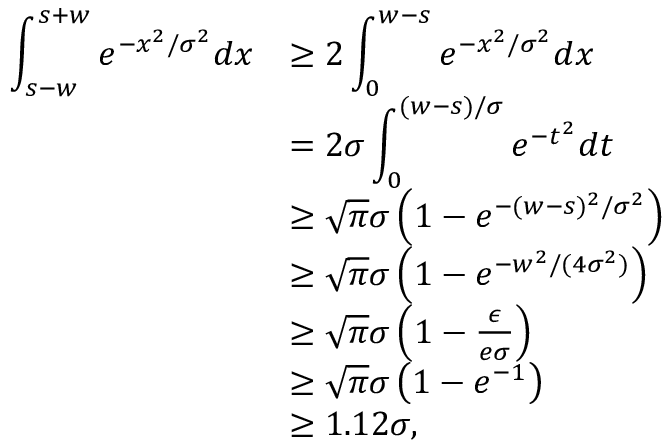
\begin{array} { r l } { \displaystyle \int _ { s - w } ^ { s + w } e ^ { - x ^ { 2 } / \sigma ^ { 2 } } d x } & { \ge 2 \displaystyle \int _ { 0 } ^ { w - s } e ^ { - x ^ { 2 } / \sigma ^ { 2 } } d x } \\ & { = 2 \sigma \displaystyle \int _ { 0 } ^ { ( w - s ) / \sigma } e ^ { - t ^ { 2 } } d t } \\ & { \ge \sqrt { \pi } \sigma \left( 1 - e ^ { - ( w - s ) ^ { 2 } / \sigma ^ { 2 } } \right) } \\ & { \ge \sqrt { \pi } \sigma \left( 1 - e ^ { - w ^ { 2 } / ( 4 \sigma ^ { 2 } ) } \right) } \\ & { \ge \sqrt { \pi } \sigma \left( 1 - \frac { \epsilon } { e \sigma } \right) } \\ & { \ge \sqrt { \pi } \sigma \left( 1 - e ^ { - 1 } \right) } \\ & { \ge 1 . 1 2 \sigma , } \end{array}